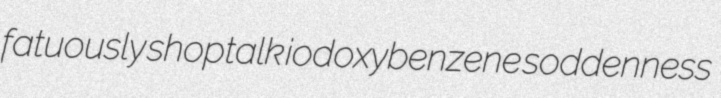
fatuously shoptalk iodoxybenzene soddenness